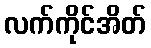
လက်ကိုင်အိတ်